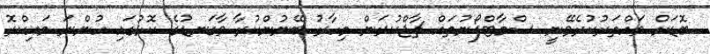
ބޮޑަށް ވައްތަރުކުރެވޭނީ ސްމާޓްފޯނުތައް ޗާޖްކުރަން މިހާރު ބޭނުންކުރާ ވާގަނޑުގެ ކޮޅުގައި ހުންނަ މައިކްރޮ